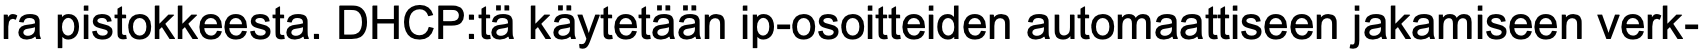
ra pistokkeesta. DHCP:tä käytetään ip-osoitteiden automaattiseen jakamiseen verk-